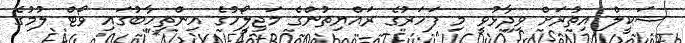
ޝަކީލް އިތުރަށް ވިދާޅުވީ މި ފަހަރުގެ ރައްޔިތުންގެ މަޖިލީޯހުގެ އިންތިހާބުގައި ވޯޓް ލުމުގެ